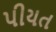
પીયત